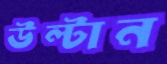
উল্‌টান